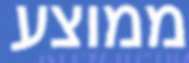
ממוצע